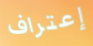
إعتراف